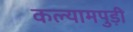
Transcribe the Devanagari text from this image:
कल्यामपुड़ी